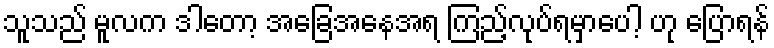
သူသည် မူလက ဒါတော့ အခြေအနေအရ ကြည့်လုပ်ရမှာပေါ့ ဟု ပြောရန်